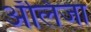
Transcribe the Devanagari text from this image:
अॅलिजा